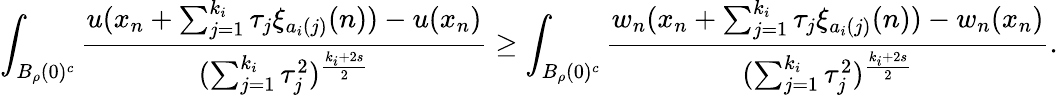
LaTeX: \int_{B_{\rho}(0)^{c}}\frac{u(x_{n}+\sum_{j=1}^{k_{i}}\tau_{j}\xi_{a_{i}(j)}(n))-u(x_{n})}{(\sum_{j=1}^{k_{i}}\tau_{j}^{2})^{\frac{k_{i}+2s}{2}}}\ge\int_{B_{\rho}(0)^{c}}\frac{w_{n}(x_{n}+\sum_{j=1}^{k_{i}}\tau_{j}\xi_{a_{i}(j)}(n))-w_{n}(x_{n})}{(\sum_{j=1}^{k_{i}}\tau_{j}^{2})^{\frac{k_{i}+2s}{2}}}.